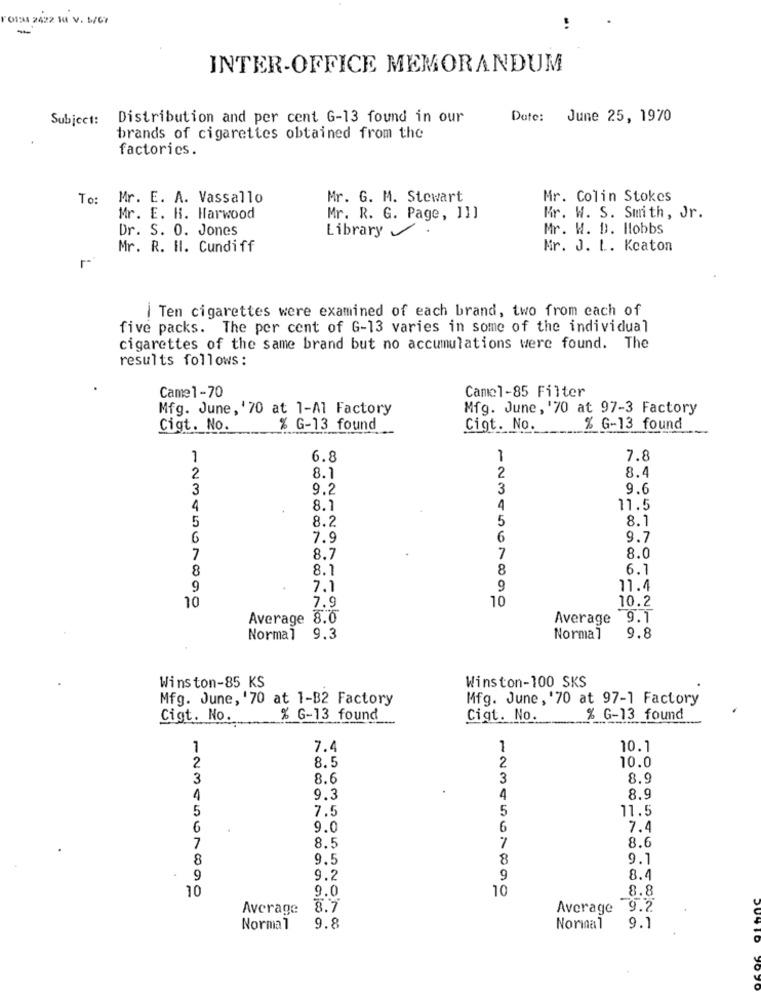
1 013 2422 10I V. W/C7
-
..
INTER-OFFICE MEMORANDUM
Subject: Distribution and per cent G-13 found in our
Date: June 25, 1970
brands of cigarettes obtained from the
factories.
To: Mr. E. A. Vassallo
Mr. G. M. Stewart
Mr. Colin Stokes
Mr. E. H. Harwood
Mr. R. G. Page, I]]
Mr. W. S. Smith, Jr.
Dr. S. 0. Jones
Library
Mr. W. D. Hobbs
Mr. R. Il. Cundiff
Mr. J. L. Keaton
r-
Ten cigarettes were examined of each brand, two from each of
five packs. The per cent of G-13 varies in some of the individual
cigarettes of the same brand but no accumulations were found. The
results follows :
Came1-70
Camel-85 Filter
Mfg. June, '70 at 1-Al Factory
Mfg. June, '70 at 97-3 Factory
Cigt. No.
% G-13 found
Cigt. No.
% G-13 found
6.8
1
7.8
8.4
2
8.1
2
3
9.2
3
9.6
4
8.1
4
11.5
5
8.2
5
8.1
6
7.9
6
9.7
7
8.7
7
8.0
8
8.1
8
6.1
9
7.1
9
11.4
7.9
10
10.2
10
Average 8.0
Average
9.1
Normal
9.3
Normal
9.8
Winston-100 SKS
Winston-85 KS
Mfg. June, '70 at 1-B2 Factory
Mfg. June, '70 at 97-1 Factory
Cigt. No.
% G-13 found
Cigt. No.
% G-13 found
1
7.4
1
10.1
2
8.5
2
10.0
3
8.6
3
8.9
4
9.3
4
8.9
5
7.5
5
11.5
6
9.0
6
7.4
7
7
8.5
8.6
8
9.5
8
9.1
9
9.2
9
8.4
10
10
8.8
9.0
Average
3.7
Average
9.2
Normal
9.8
Norinal
9.1